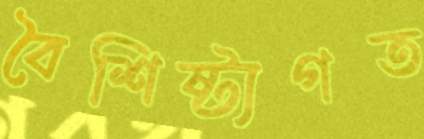
বৈশিষ্ট্যগত